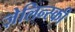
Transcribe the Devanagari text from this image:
ज़ेलिन्स्की